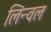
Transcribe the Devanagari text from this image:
लिन्वल